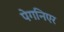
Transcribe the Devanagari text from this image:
पेगनिएर